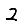
Digit: 2